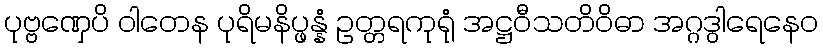
ပုဗ္ဗဏှေပိ ဝါတေန ပုရိမနိပ္ဖန္နံ ဥတ္တရကုရုံ အဋ္ဌဝီသတိဝိဓာ အဂ္ဂဒွါရေနေဝ